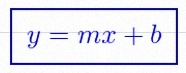
y=mx+b